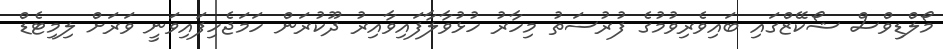
މޯލްޑިވްސް ޝޯކޭޒްގައި ބައިވެރިވުމުގެ ފުރުސަތު މިހާރު ހުޅުވާލާފައިވާއިރު ދޫކުރަން ހަމަޖެހިފައިވަނީ ވަރަށް ލިމިޓެޑް